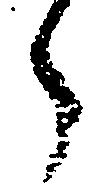
了